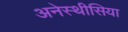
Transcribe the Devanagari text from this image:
अनेस्थीसिया